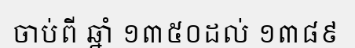
ចាប់ពី ឆ្នាំ ១៣៥០ដល់ ១៣៨៩